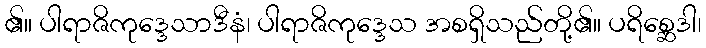
၏။ ပါရာဇိကုဒ္ဒေသာဒီနံ၊ ပါရာဇိကုဒ္ဒေသ အစရှိသည်တို့၏။ ပရိစ္ဆေဒါ၊